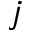
j